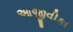
આજીવીકા